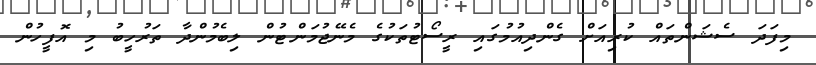
މިފަދަ ސެޝަންތައް ކުރިއަށް ގެންދިއުމުގައި ރީސޯޓުތަކުގެ މެނޭޖުމަންޓުން ލިބެމުންދާ ތަރުހީބު މި އޮފީހުން